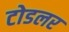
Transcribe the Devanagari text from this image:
टोडलर